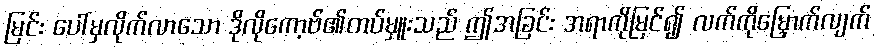
မြင်း ပေါ်မှလိုက်လာသော ဒိုလိုကော့ဗ်၏တပ်မှူးသည် ဤအခြင်း အရာကိုမြင်၍ လက်ကိုမြှောက်လျက်